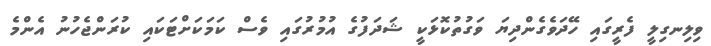
ވިލިނގިލީ ފެރީގައި ހޭދަވެގެންދިޔަ ވަގުތުކޮޅަކީ ޝަދަފުގެ އުމުރުގައި ވެސް ކަމަކަށްޓަކައި ކުރަންޖެހުނު އެންމެ